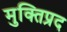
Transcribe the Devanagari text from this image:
मुक्तिप्रद